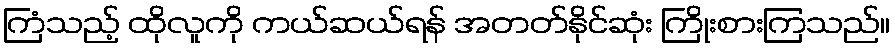
ကြံသည့် ထိုလူကို ကယ်ဆယ်ရန် အတတ်နိုင်ဆုံး ကြိုးစားကြသည်။